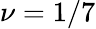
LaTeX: \nu=1/7